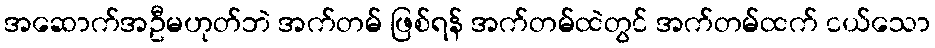
အဆောက်အဦမဟုတ်ဘဲ အက်တမ် ဖြစ်ရန် အက်တမ်ထဲတွင် အက်တမ်ထက် ငယ်သော